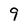
Character: 9